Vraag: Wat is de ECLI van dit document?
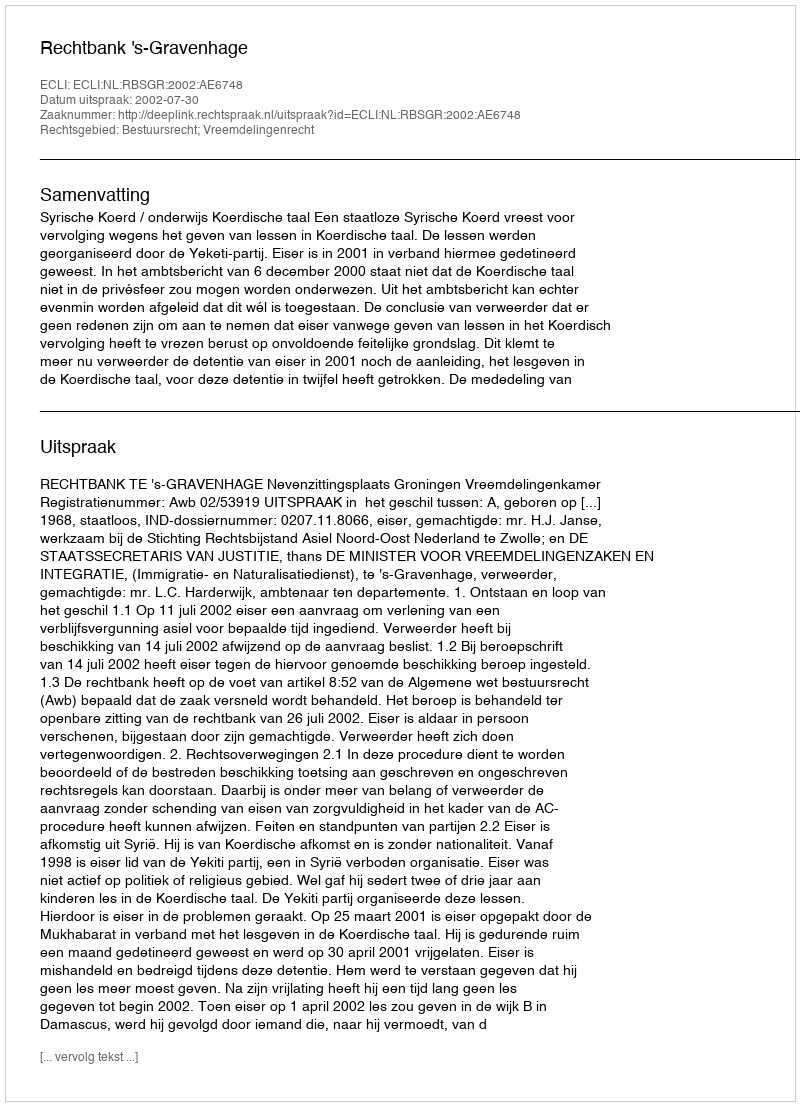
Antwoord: ECLI:NL:RBSGR:2002:AE6748